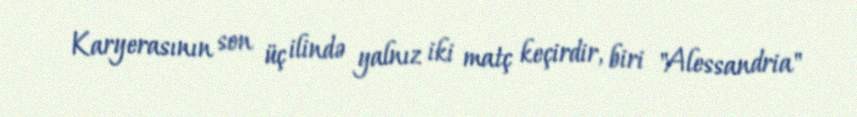
Karyerasının son üç ilində yalnız iki matç keçirdir, biri "Alessandria"